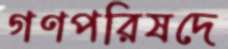
গণপরিষদে